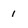
Character: 1